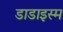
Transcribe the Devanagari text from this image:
डाडाइस्म